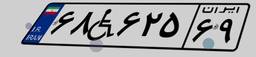
۶۸W۶۲۵۶۹